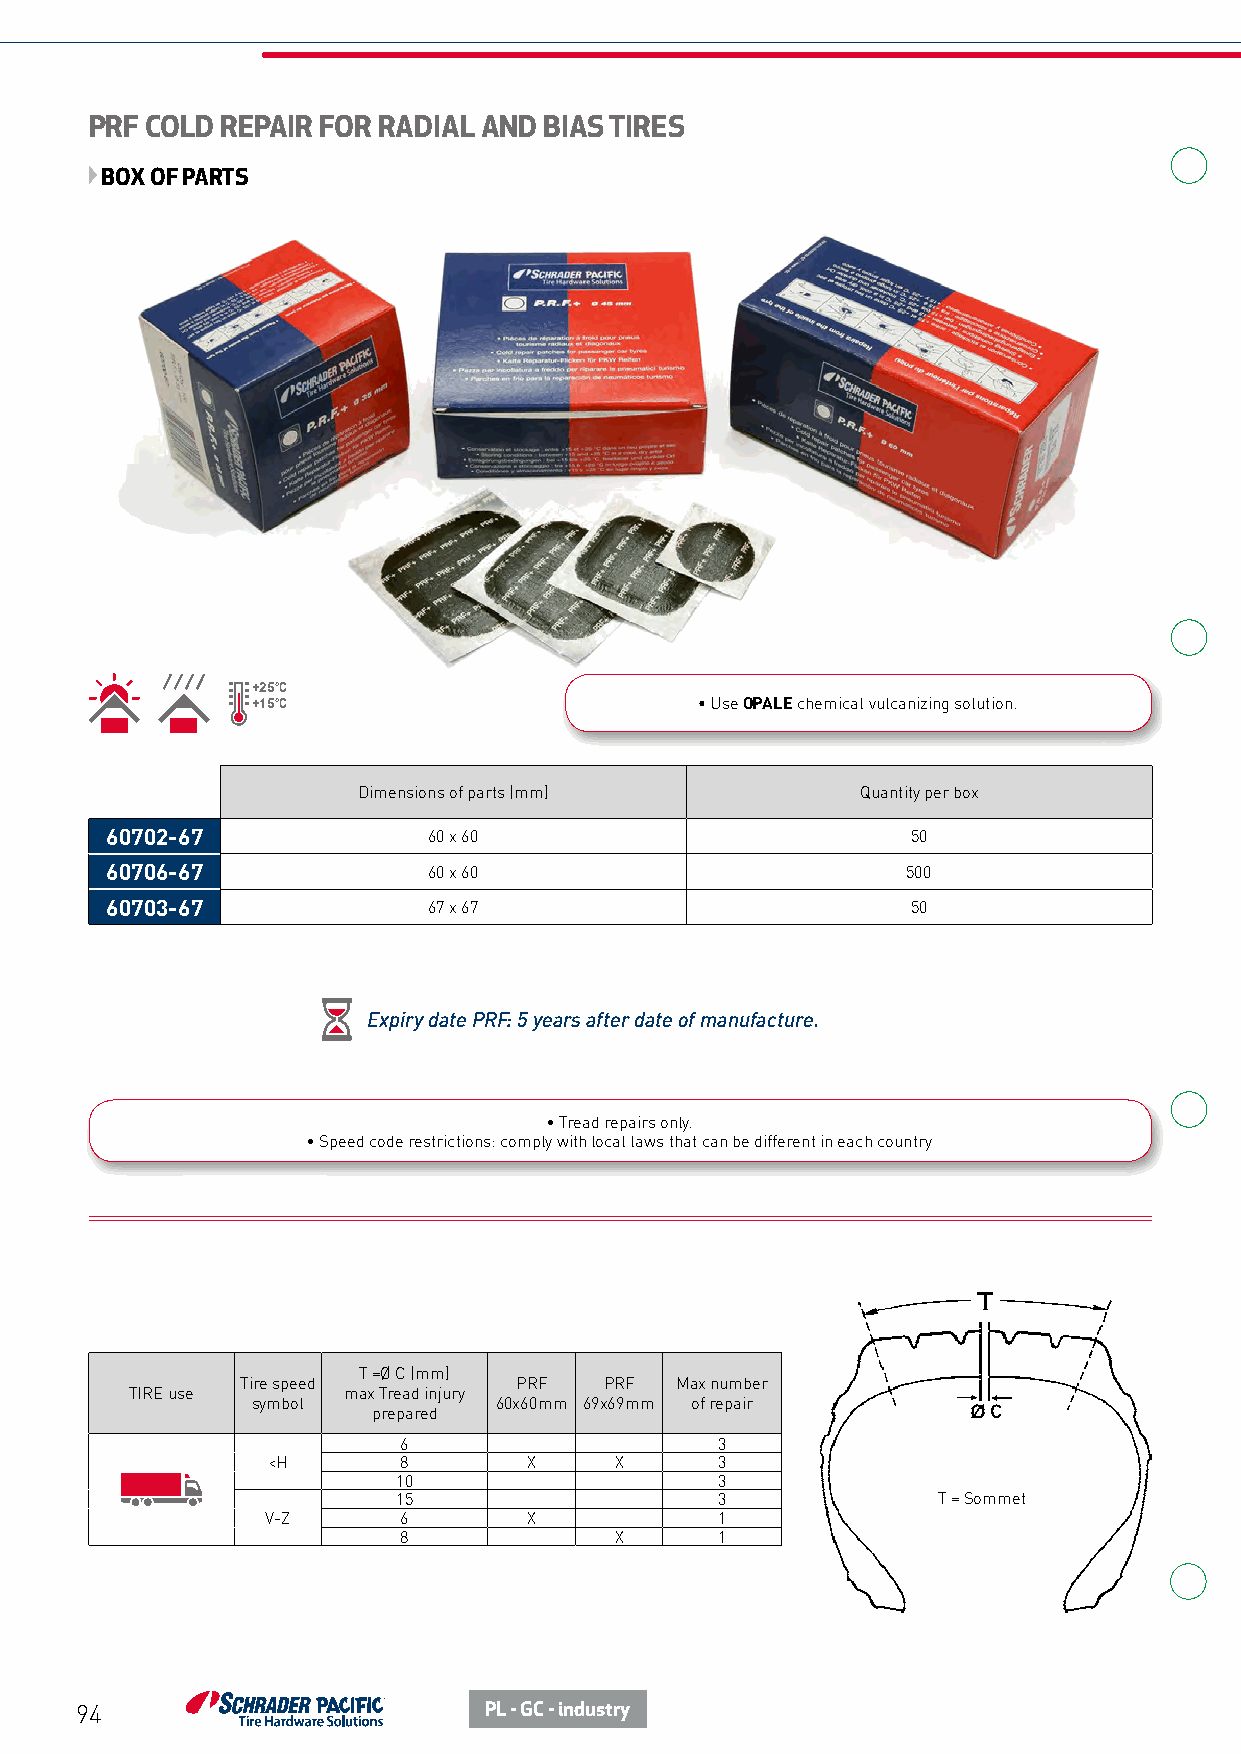
PRF COLD REPAIR FOR RADIAL AND BIAS TIRES
 BOX OF PARTS
 +25°C
 +15°C                        • Use OPALE chemical vulcanizing solution.
 Dimensions of parts (mm)         Quantity per box
 60702-67             60 x 60                         50
 60706-67             60 x 60                         500
 60703-67             67 x 67                         50
 Expiry date PRF: 5 years after date of manufacture.
 • Tread repairs only.
 • Speed code restrictions: comply with local laws that can be different in each country
 T =Ø C (mm)
 Tire speed        PRF   PRF  Max number
 TIRE use      max Tread injury
 symbol          60x60mm 69x69mm of repair
 prepared
 6                    3
 <H      8        X     X     3
 10                   3
 15                   3              T = Sommet
 V-Z     6        X           1
 8              X     1
 94                         PL - GC - industry